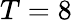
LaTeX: T=8